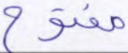
مفتوح